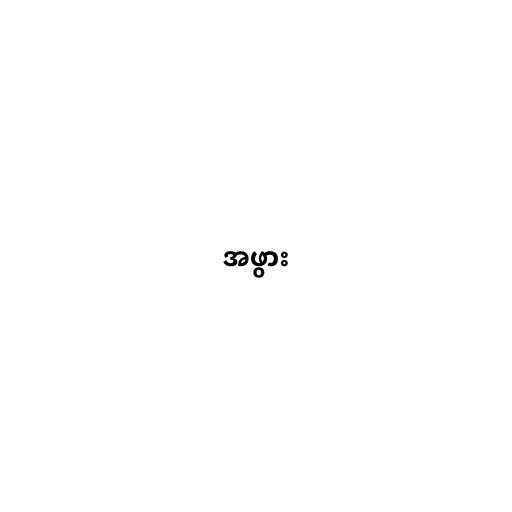
အဖွား